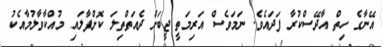
އޭނާގެ ހިތް އާދޭސްކުރާ ފަދައެވެ. ނަމަވެސް އަރިމަތީ ޖީބަށް ދެއަތްތިލަ ކޮށްޕާލައި މުއްކާވާލުމާއެކު